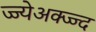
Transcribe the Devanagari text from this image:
ज्ज्येअक्ज्ज्द